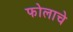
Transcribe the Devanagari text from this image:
फोलाचे